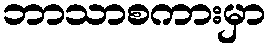
ဘာသာစကားမှာ